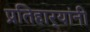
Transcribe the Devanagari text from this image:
प्रतिहार्‍यांनी